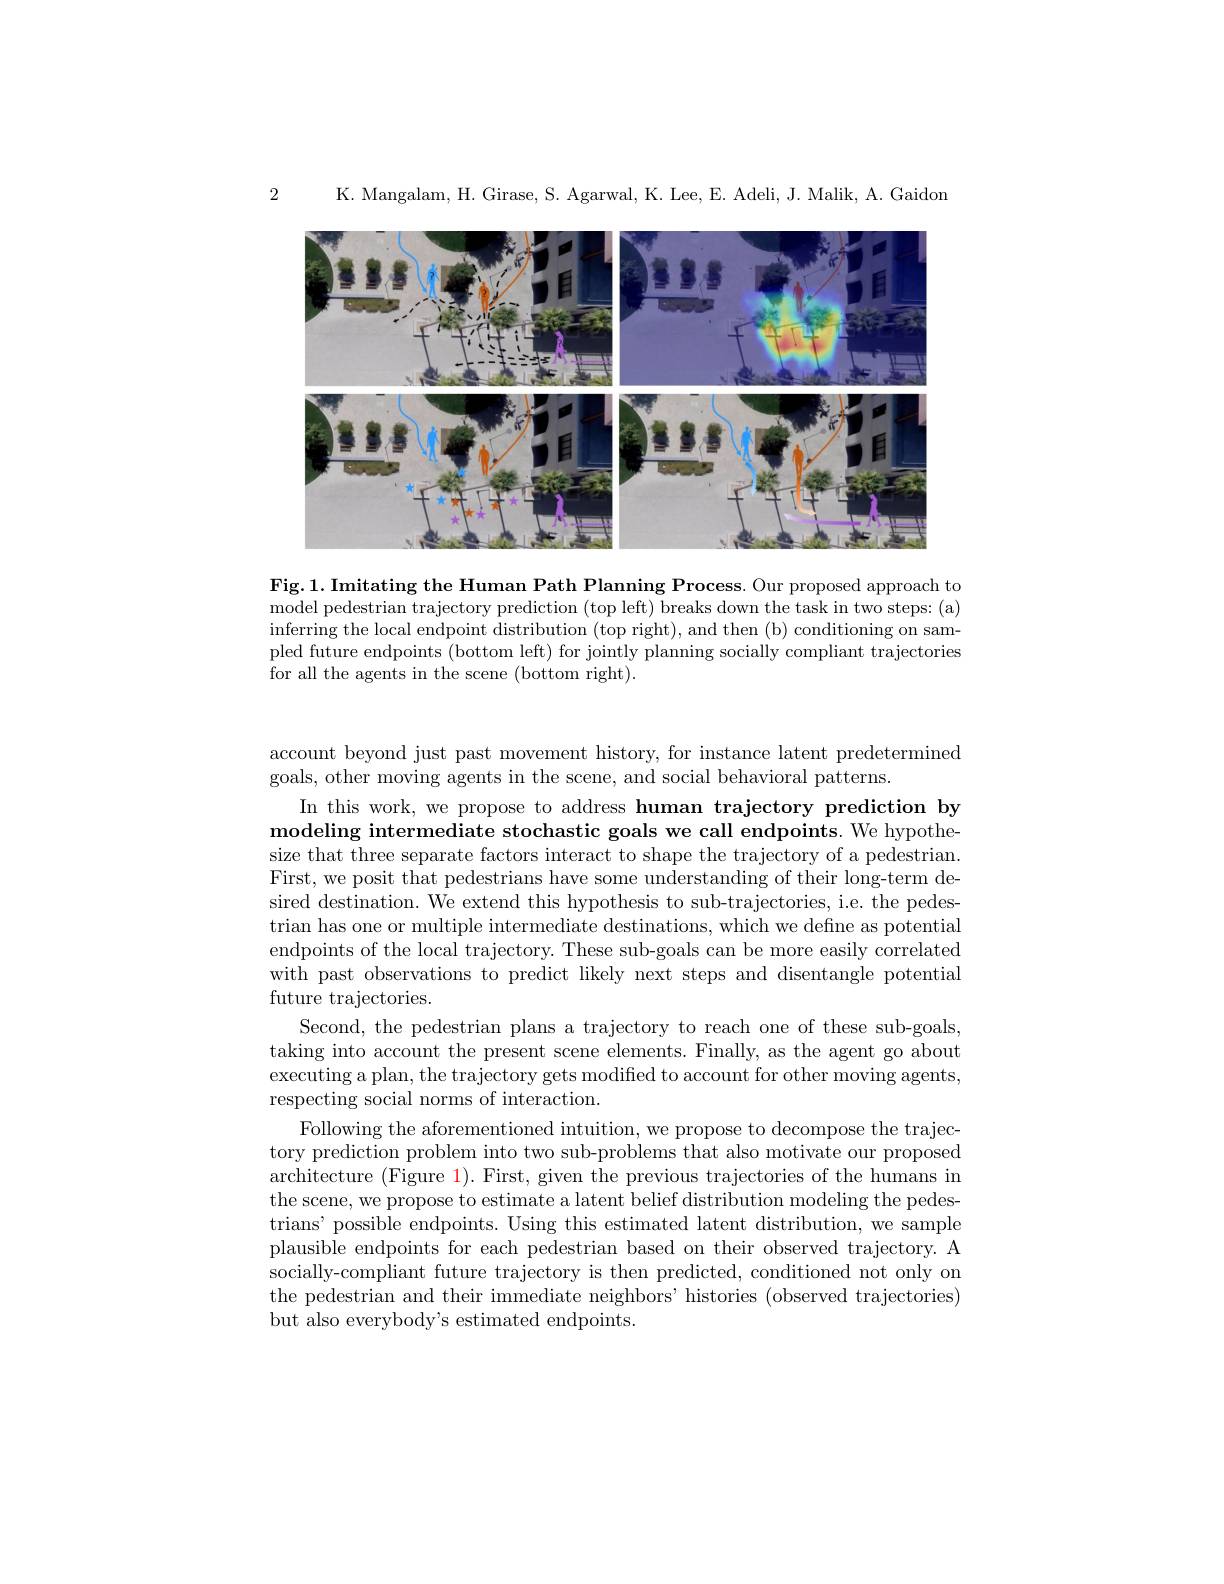
2

K. Mangalam, H. Girase, S. Agarwal, K. Lee, E. Adeli, J. Malik, A. Gaidon

<FigureHere>

Fig.1. Imitating the Human Path Planning Process. Our proposed approach to model pedestrian trajectory prediction (top left) breaks down the task in two steps: (a) inferring the local endpoint distribution (top right), and then (b) conditioning on sampled future endpoints (bottom left) for jointly planning socially compliant trajectories for all the agents in the scene (bottom right).

account beyond just past movement history, for instance latent predetermined
goals, other moving agents in the scene, and social behavioral patterns.
In this work, we propose to address human trajectory prediction by modeling intermediate stochastic goals we call endpoints. We hypothesize that three separate factors interact to shape the trajectory of a pedestrian. First, we posit that pedestrians have some understanding of their long-term desired destination. We extend this hypothesis to sub-trajectories, i.e. the pedestrian has one or multiple intermediate destinations, which we define as potential endpoints of the local trajectory. These sub-goals can be more easily correlated with past observations to predict likely next steps and disentangle potential future trajectories.
Second, the pedestrian plans a trajectory to reach one of these sub-goals, taking into account the present scene elements. Finally, as the agent go about executing a plan, the trajectory gets modified to account for other moving agents, respecting social norms of interaction.
Following the aforementioned intuition, we propose to decompose the trajectory prediction problem into two sub-problems that also motivate our proposed architecture (Figure 1). First, given the previous trajectories of the humans in the scene, we propose to estimate a latent belief distribution modeling the pedestrians' possible endpoints. Using this estimated latent distribution, we sample plausible endpoints for each pedestrian based on their observed trajectory. A socially-compliant future trajectory is then predicted, conditioned not only on the pedestrian and their immediate neighbors' histories (observed trajectories) but also everybody's estimated endpoints.